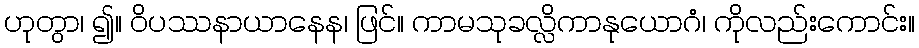
ဟုတွာ၊ ၍။ ဝိပဿနာယာနေန၊ ဖြင်။ ကာမသုခလ္လိကာနုယောဂံ၊ ကိုလည်းကောင်း။